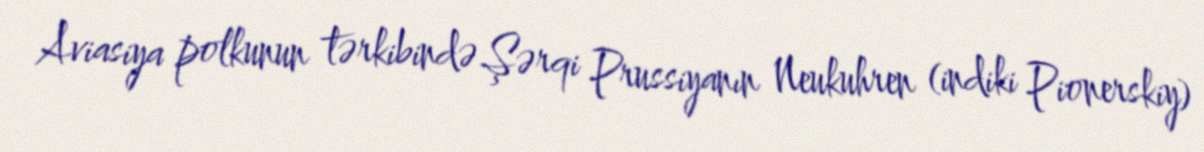
Aviasiya polkunun tərkibində Şərqi Prussiyanın Neukuhren (indiki Pionerskiy)